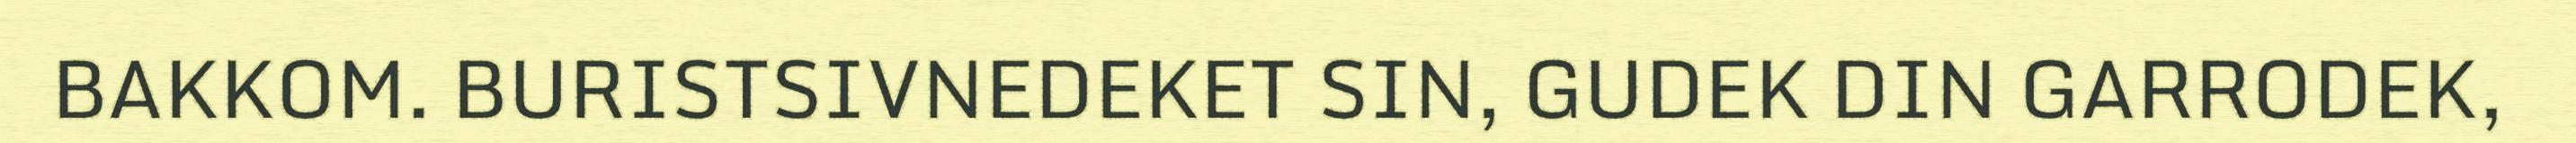
BAKKOM. BURISTSIVNEDEKET SIN, GUDEK DIN GARRODEK,